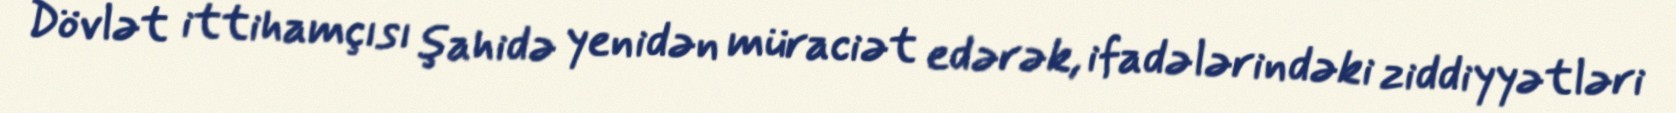
Dövlət ittihamçısı şahidə yenidən müraciət edərək, ifadələrindəki ziddiyyətləri